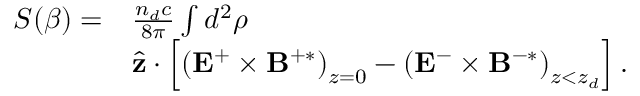
\begin{array} { r l } { S ( \beta ) = } & { \frac { n _ { d } c } { 8 \pi } \int d ^ { 2 } \boldsymbol { \rho } } \\ & { \hat { \mathbf { z } } \cdot \left[ \left( \mathbf { E } ^ { + } \times \mathbf { B } ^ { + \ast } \right) _ { z = 0 } - \left( \mathbf { E } ^ { - } \times \mathbf { B } ^ { - \ast } \right) _ { z < z _ { d } } \right] . } \end{array}